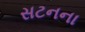
સટનના